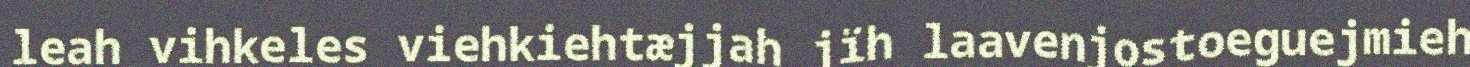
leah vihkeles viehkiehtæjjah jïh laavenjostoeguejmieh